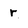
Character: r